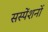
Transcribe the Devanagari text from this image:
सस्पेंशनों